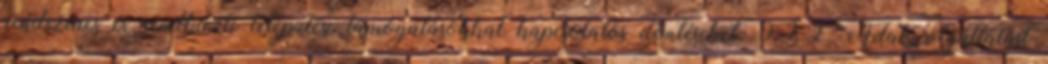
rendszeres és rendkívüli települési támogatásokkal kapcsolatos döntéseket. 9.2.2. Adatszolgáltatást